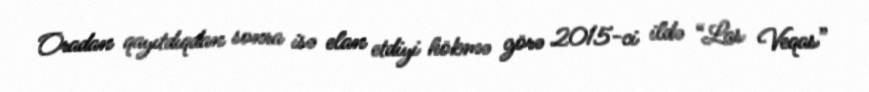
Oradan qayıtdıqdan sonra isə elan etdiyi hökmə görə 2015-ci ildə “Las Veqas”